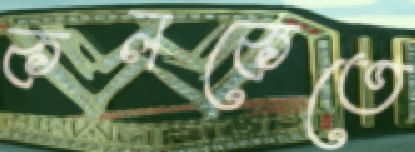
কলকেতে